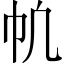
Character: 㠶